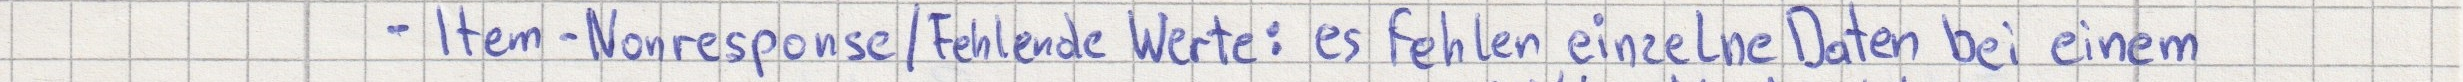
- Item-Nonresponse / Fehlende Werte: es fehlen einzelne Daten bei einem